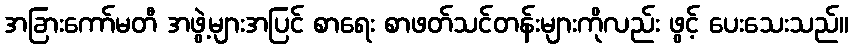
အခြားကော်မတီ အဖွဲ့များအပြင် စာရေး စာဖတ်သင်တန်းများကိုလည်း ဖွင့် ပေးသေးသည်။